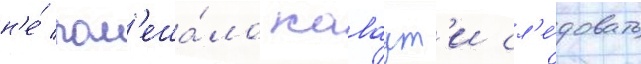
н'е́ пом'еша́ло каваут'и сл'е́довать